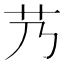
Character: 艿